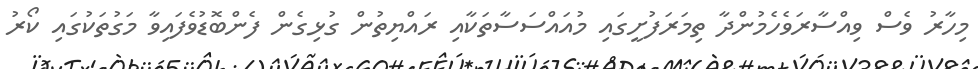
މިހާރު ވެސް ވިއްސާރަވެހެމުންދާ ތިމަރަފުށީގައި މުއައްސަސާތަކާއި ރައްޔިތުން ގުޅިގެން ފެންބޮޑުވެފައިވާ މަގުތަކުގައި ކޯރު